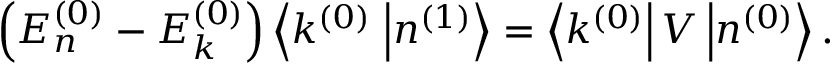
\left( E _ { n } ^ { ( 0 ) } - E _ { k } ^ { ( 0 ) } \right) \left\langle k ^ { ( 0 ) } \right. \left| n ^ { ( 1 ) } \right\rangle = \left\langle k ^ { ( 0 ) } \right| V \left| n ^ { ( 0 ) } \right\rangle .